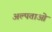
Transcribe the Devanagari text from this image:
अल्पताओं